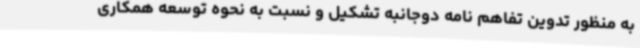
به منظور تدوین تفاهم نامه دوجانبه تشکیل و نسبت به نحوه توسعه همکاری